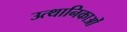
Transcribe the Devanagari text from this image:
उत्थानिकाओं